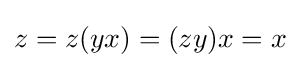
z=z(yx)=(zy)x=x